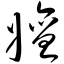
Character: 嬗